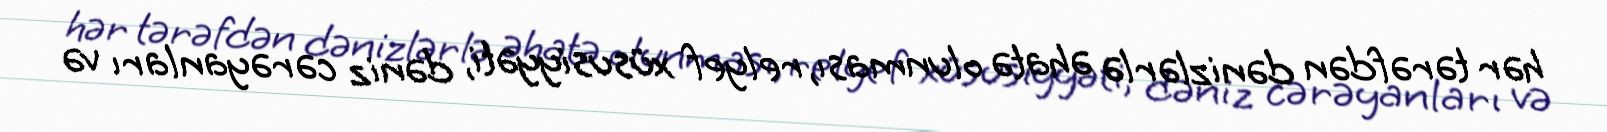
hər tərəfdən dənizlərlə əhatə olunması, relyef xüsusiyyəti, dəniz cərəyanları və